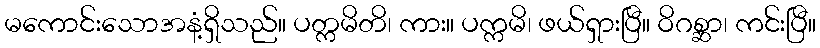
မကောင်းသောအနံ့ရှိသည်။ ပတ္ကမိတိ၊ ကား။ ပက္ကမိ၊ ဖယ်ရှားပြီ။ ဝိဂစ္ဆာ၊ ကင်းပြီ။